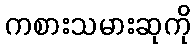
ကစားသမားဆုကို